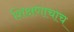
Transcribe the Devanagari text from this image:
शिक्षणाचाच